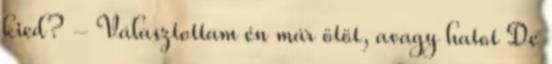
kied? - Választottam én már ötöt, avagy hatot De